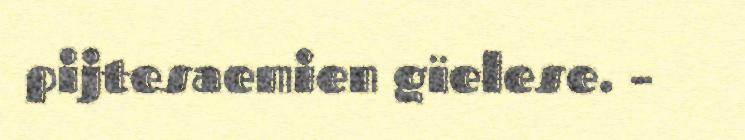
pijtesaemien gïelese. –